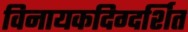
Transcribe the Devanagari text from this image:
विनायकदिग्दर्शित